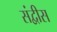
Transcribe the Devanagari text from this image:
संद्वीस